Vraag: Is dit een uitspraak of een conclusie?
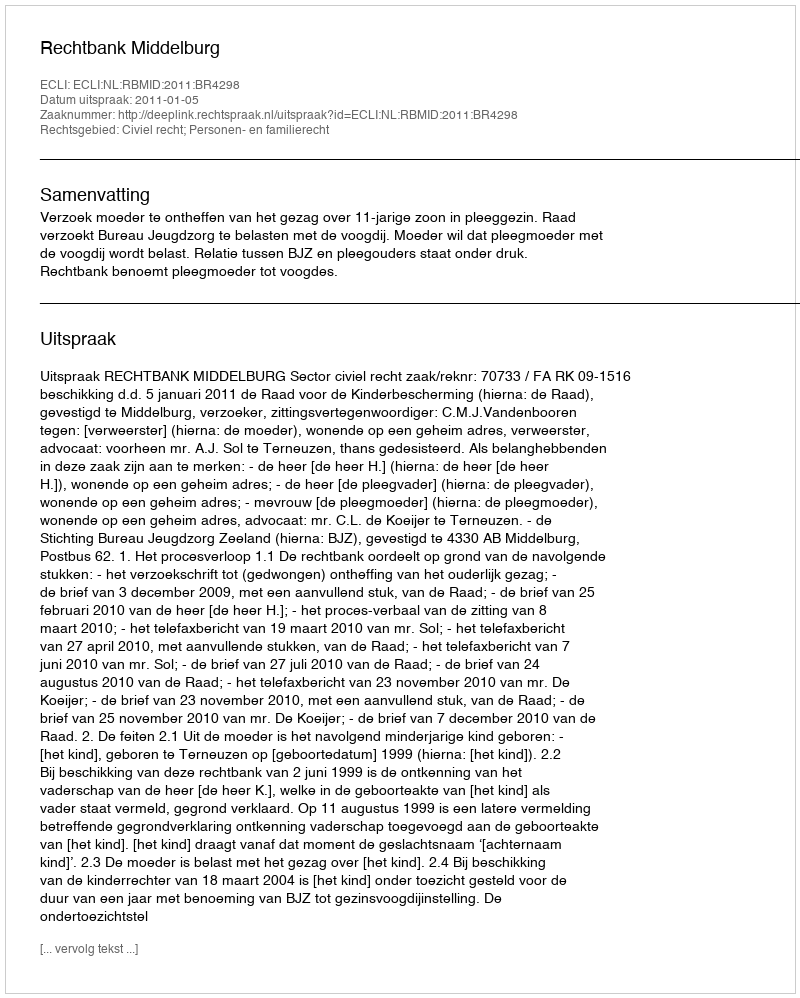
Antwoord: Uitspraak